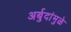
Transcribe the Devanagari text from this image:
अर्बुदांमुळे